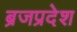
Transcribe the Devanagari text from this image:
ब्रजप्रदेश